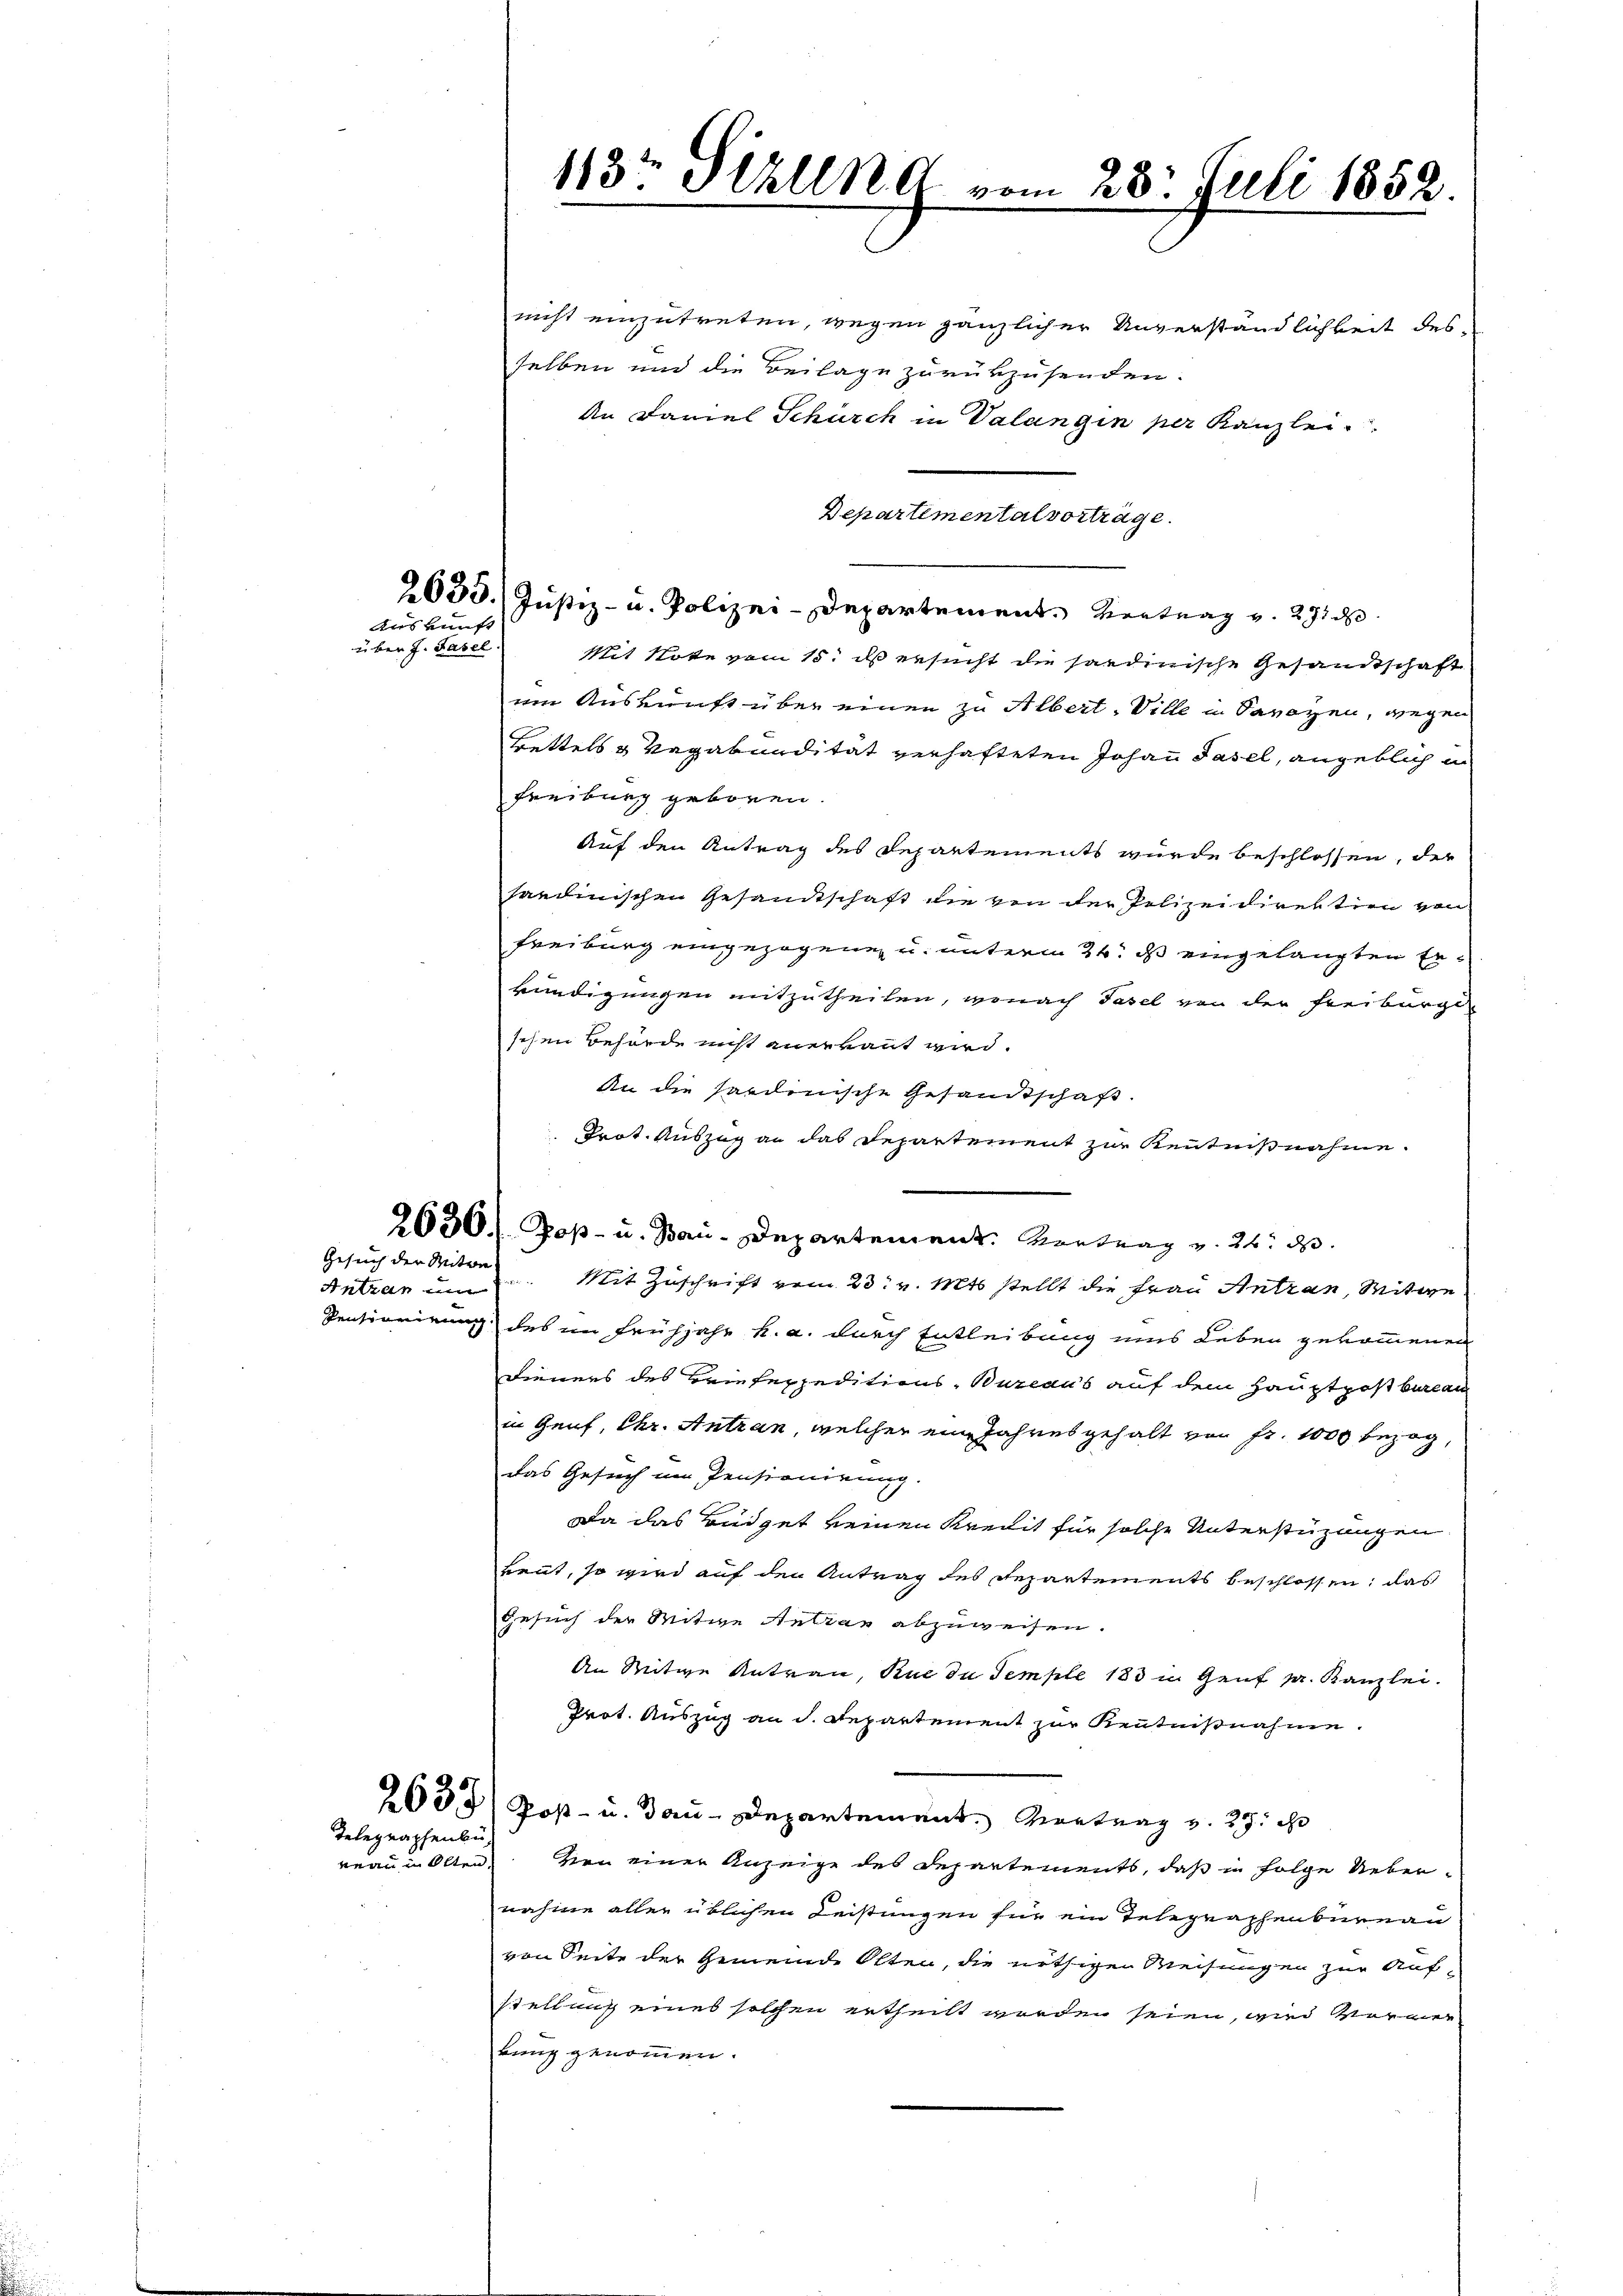
Auskunft

über J. Basel.

Gesuch der Mitwi

Telegraphenbu

reau in Olten.

nicht einzutreten, wegen gänzlicher Unverständlichkeit des-
selben und die Beilage zurükzusenden.
An Daniel Schürch in Valangin per Kanzlei
Departemental vorträge.
2633. Justiz- u. Polizei-Departement. Vertrag v. 271 d
Mit Note vom 15. ds ersucht die sardinische Gesandtschaft
im Auskunft über einen zu Albert. Ville in Savoyen, wegen
Brettels & Vergabundität verhafteten Johann dasel, angeblich in
Freiburg geboren.
Auf den Antrag des Departements wurde beschlossen, der
saudinischen Gesandtschaft die von der Polizeidirektien von
Freiburg eingezogenen u. unterm 24. ds eingelangten Erkündigungen mitzutheilen, wonach Tasel von der Freiburge
schen Behörde nicht anerkannt wird.
An die Hardenische Gesandtschaft.
Prot. Auszug an das Departement zur Kenntnißnahme.
2650. Pop- u. Bau-Departement. Vortrag v. 24. ds.
Antran um. Mit Zuschrift vom 23. v. Mts. stellt die Frau Antran, Witwe
Pensionirung des im Frühjahr k. a. durch Entleibung uns Leben gekommenen
Dieners des Briefexpeditions-Bureaus auf dem Hauptpostbureau
in Genf, Chr. Antran, welcher eine Jahres gehalt von Fr. 1000 bezog,
das Gesuch im Pensionirung.
Da das Büdget keinen Kredit für solche Unterstüzungen
reut, so wird auf den Antrag des Departements beschlossen, das
Gesuch der Mitwe Antrag abzuweisen.
An Mitwe Antrag, Rue du Temple 183 in Genf pr. Kanzlei.
Prot. Auszug an d. Repartement zur Kenntnißnahme.
2633/ Post- u. Bau-Departement. Vertrag v. 27.
hien einer Anzeige des Departements, daß in Folge Uebernahme aller üblichen Leistungen für ein Telegraphenbureau
von Seite der Gemeinde Otten, die nöthigen Weisungen zur Aufstellung eines solchen ertheilt worden seien, wird Vormerbung genommen.

113 Sekung vom 28. Juli 1852.